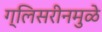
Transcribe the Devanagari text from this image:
ग्लिसरीनमुळे